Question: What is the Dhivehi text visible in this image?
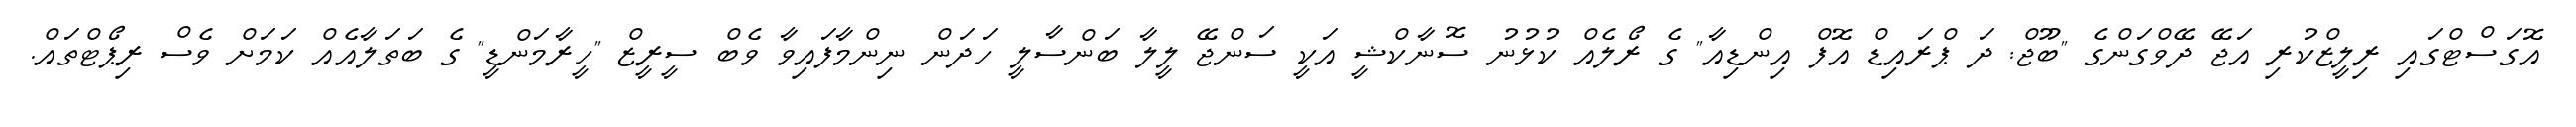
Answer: އޮގަސްޓްގައި ރިލީޒްކުރި އަޖޭ ދޭވްގަންގެ "ބޫޖް: ދަ ޕްރައިޑް އޮފް އިންޑިއާ" ގެ ރޯލެއް ކުޅުނު ސޮނާކްޝީ އަކީ ސަންޖޭ ލީލާ ބަންސާލީ ހަދަން ނިންމާފައިވާ ވެބް ސީރީޒް "ހީރާމަންޑީ" ގެ ބަތަލާއެއް ކަމަށް ވެސް ރިޕޯޓްތައް.